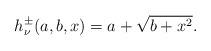
LaTeX: \begin{align*}h^{\pm}_{\nu}(a,b,x)=a+\sqrt{b+x^2}.\end{align*}